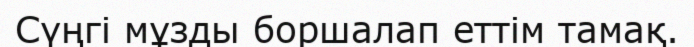
Сүңгi мұзды боршалап еттiм тамақ.